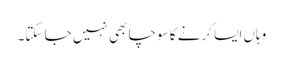
وہاں ایسا کرنے کا سوچا بھی نہیں جا سکتا۔